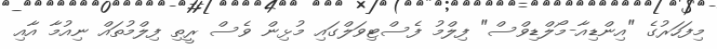
މިފަހަރުގެ "އިންޑިއާ-މޯލްޑިވްސް" ފިލްމު ފެސްޓިވަލްގައި މުޅިން ވެސް ރީތި ފިލްމުތައް ނިއުމާ އާއި